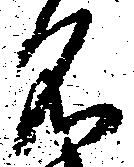
名